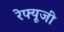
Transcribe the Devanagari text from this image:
रेफ्यूजी